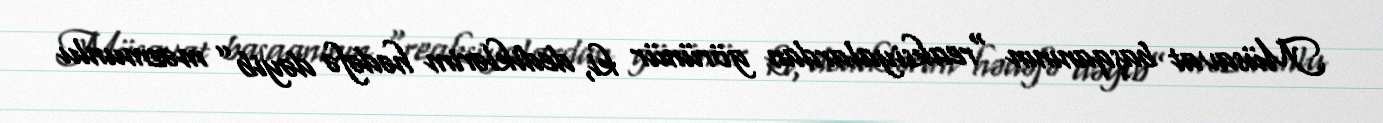
Müsavat başqanının “reaksiyalardan görünür ki, dediklərim hədəfə dəyib” məzmunlu